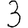
Digit: 3